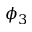
\phi _ { 3 }